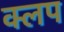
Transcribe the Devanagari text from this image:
क्लप